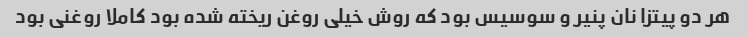
هر دو پیتزا نان پنیر و سوسیس بود که روش خیلی روغن ریخته شده بود کاملا روغنی بود